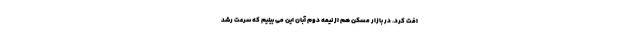
افت کرد. در بازار مسکن هم از نیمه دوم آبان این می بینیم که سرعت رشد